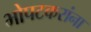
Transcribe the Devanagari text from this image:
भोपटकरांना